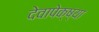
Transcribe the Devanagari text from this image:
देवापेक्ष्या